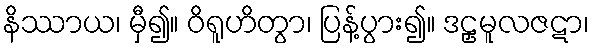
နိဿာယ၊ မှီ၍။ ဝိရူဟိတွာ၊ ပြန့်ပွား၍။ ဒဠှမူလဇဋာ၊